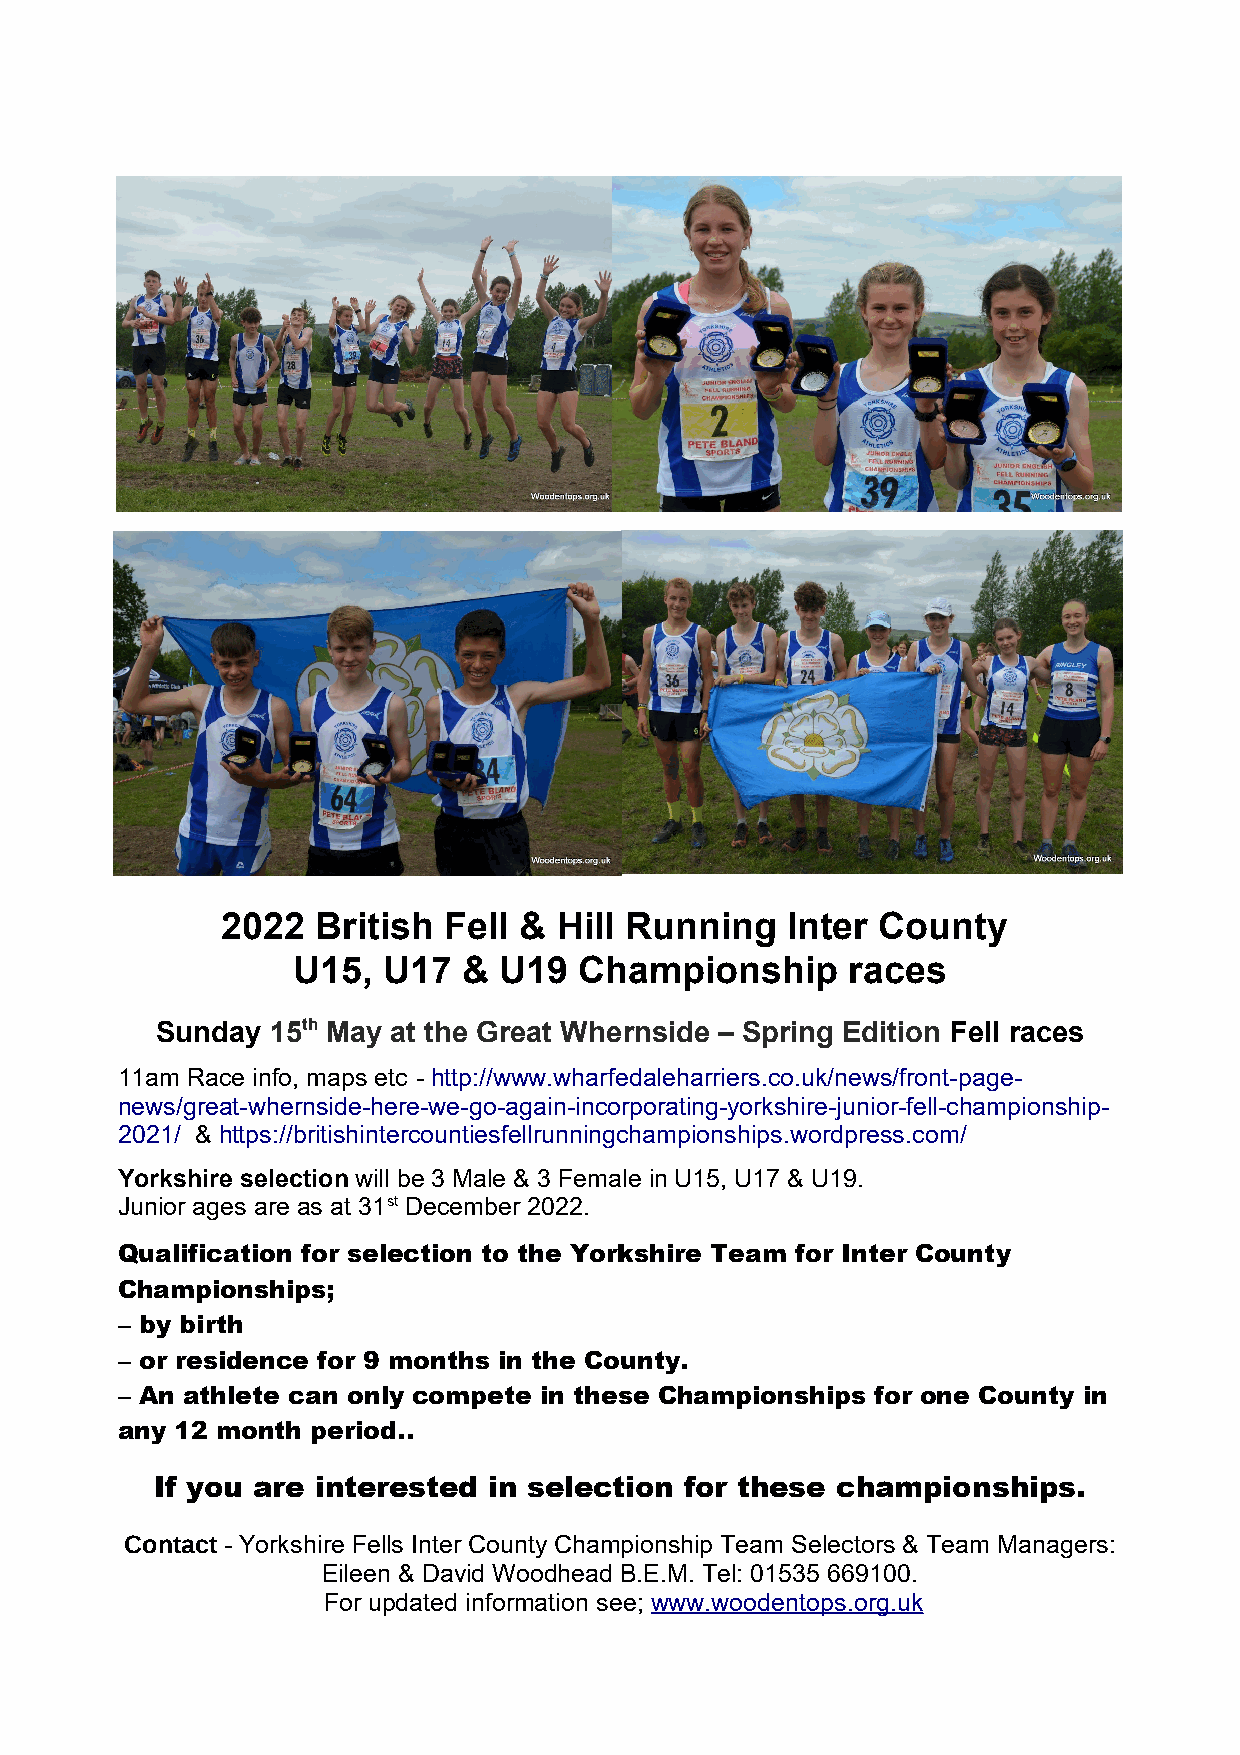
2022  British Fell &  Hill Running   Inter County
 U15,  U17   & U19  Championship      races
 Sunday  15th May at the Great Whernside – Spring Edition Fell races
 11am Race info, maps etc - http://www.wharfedaleharriers.co.uk/news/front-page-
 news/great-whernside-here-we-go-again-incorporating-yorkshire-junior-fell-championship-
 2021/ & https://britishintercountiesfellrunningchampionships.wordpress.com/
 Yorkshire selection will be 3 Male & 3 Female in U15, U17 & U19.
 Junior ages are as at 31st December 2022.
 Qualification for selection to the Yorkshire Team for Inter County
 Championships;
 – by birth
 – or residence for 9 months in the County.
 – An athlete can only compete in these Championships for one County in
 any 12 month period..
 If you are interested in selection for these championships.
 Contact - Yorkshire Fells Inter County Championship Team Selectors & Team Managers:
 Eileen & David Woodhead B.E.M. Tel: 01535 669100.
 For updated information see; www.woodentops.org.uk